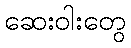
ဆေးဝါးတွေ